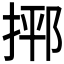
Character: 𪮂